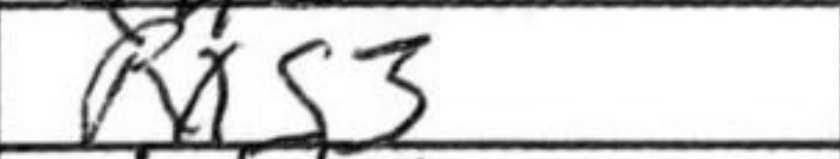
Transcription: Rxg3